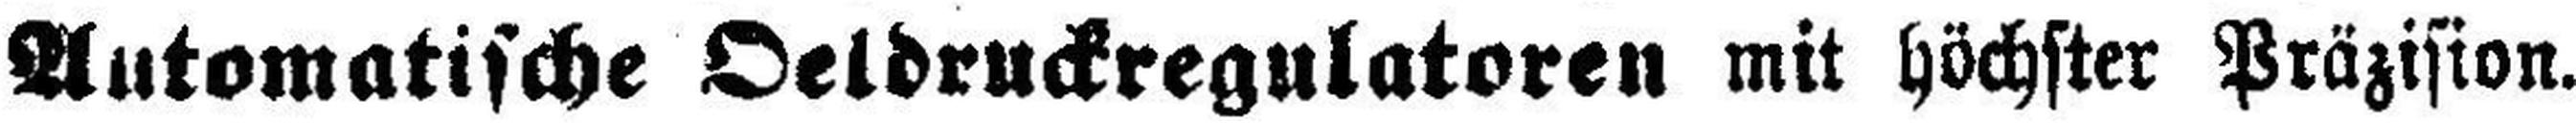
Automatische Oeldruckregulatoren mit höchster Präzision.